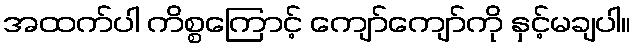
အထက်ပါ ကိစ္စကြောင့် ကျော်ကျော်ကို နှင့်မချပါ။